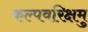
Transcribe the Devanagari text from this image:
कल्पवरिक्षमु